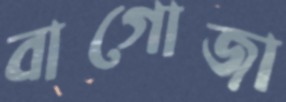
বাগোজা